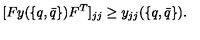
[ F y ( \{ q , \bar { q } \} ) F ^ { T } ] _ { j j } \geq y _ { j j } ( \{ q , \bar { q } \} ) .